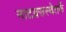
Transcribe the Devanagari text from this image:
नाटय़सस्थेतर्फे